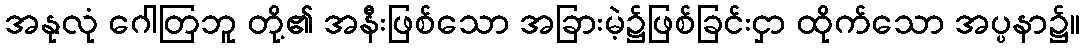
အနုလုံ ဂေါတြဘူ တို့၏ အနီးဖြစ်သော အခြားမဲ့၌ဖြစ်ခြင်းငှာ ထိုက်သော အပ္ပနာ၌။